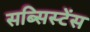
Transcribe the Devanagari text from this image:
सब्सिस्टेंस